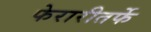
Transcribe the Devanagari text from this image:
फेरारीतर्फे